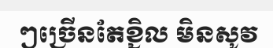
ៗច្រើនតែខ្ជិល មិនសូវ